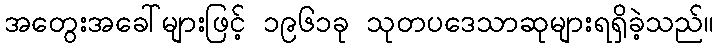
အတွေးအခေါ်များဖြင့် ၁၉၆၁ခု သုတပဒေသာဆုများရရှိခဲ့သည်။